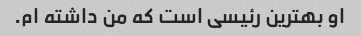
او بهترین رئیسی است که من داشته ام.